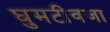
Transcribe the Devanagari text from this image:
घुमटीवजा